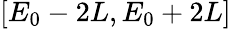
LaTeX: [E_{0}-2L,E_{0}+2L]